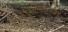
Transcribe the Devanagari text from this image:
१९२९सालापासून